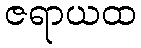
ဇရာယထ